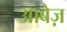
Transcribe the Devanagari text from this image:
आबेज़